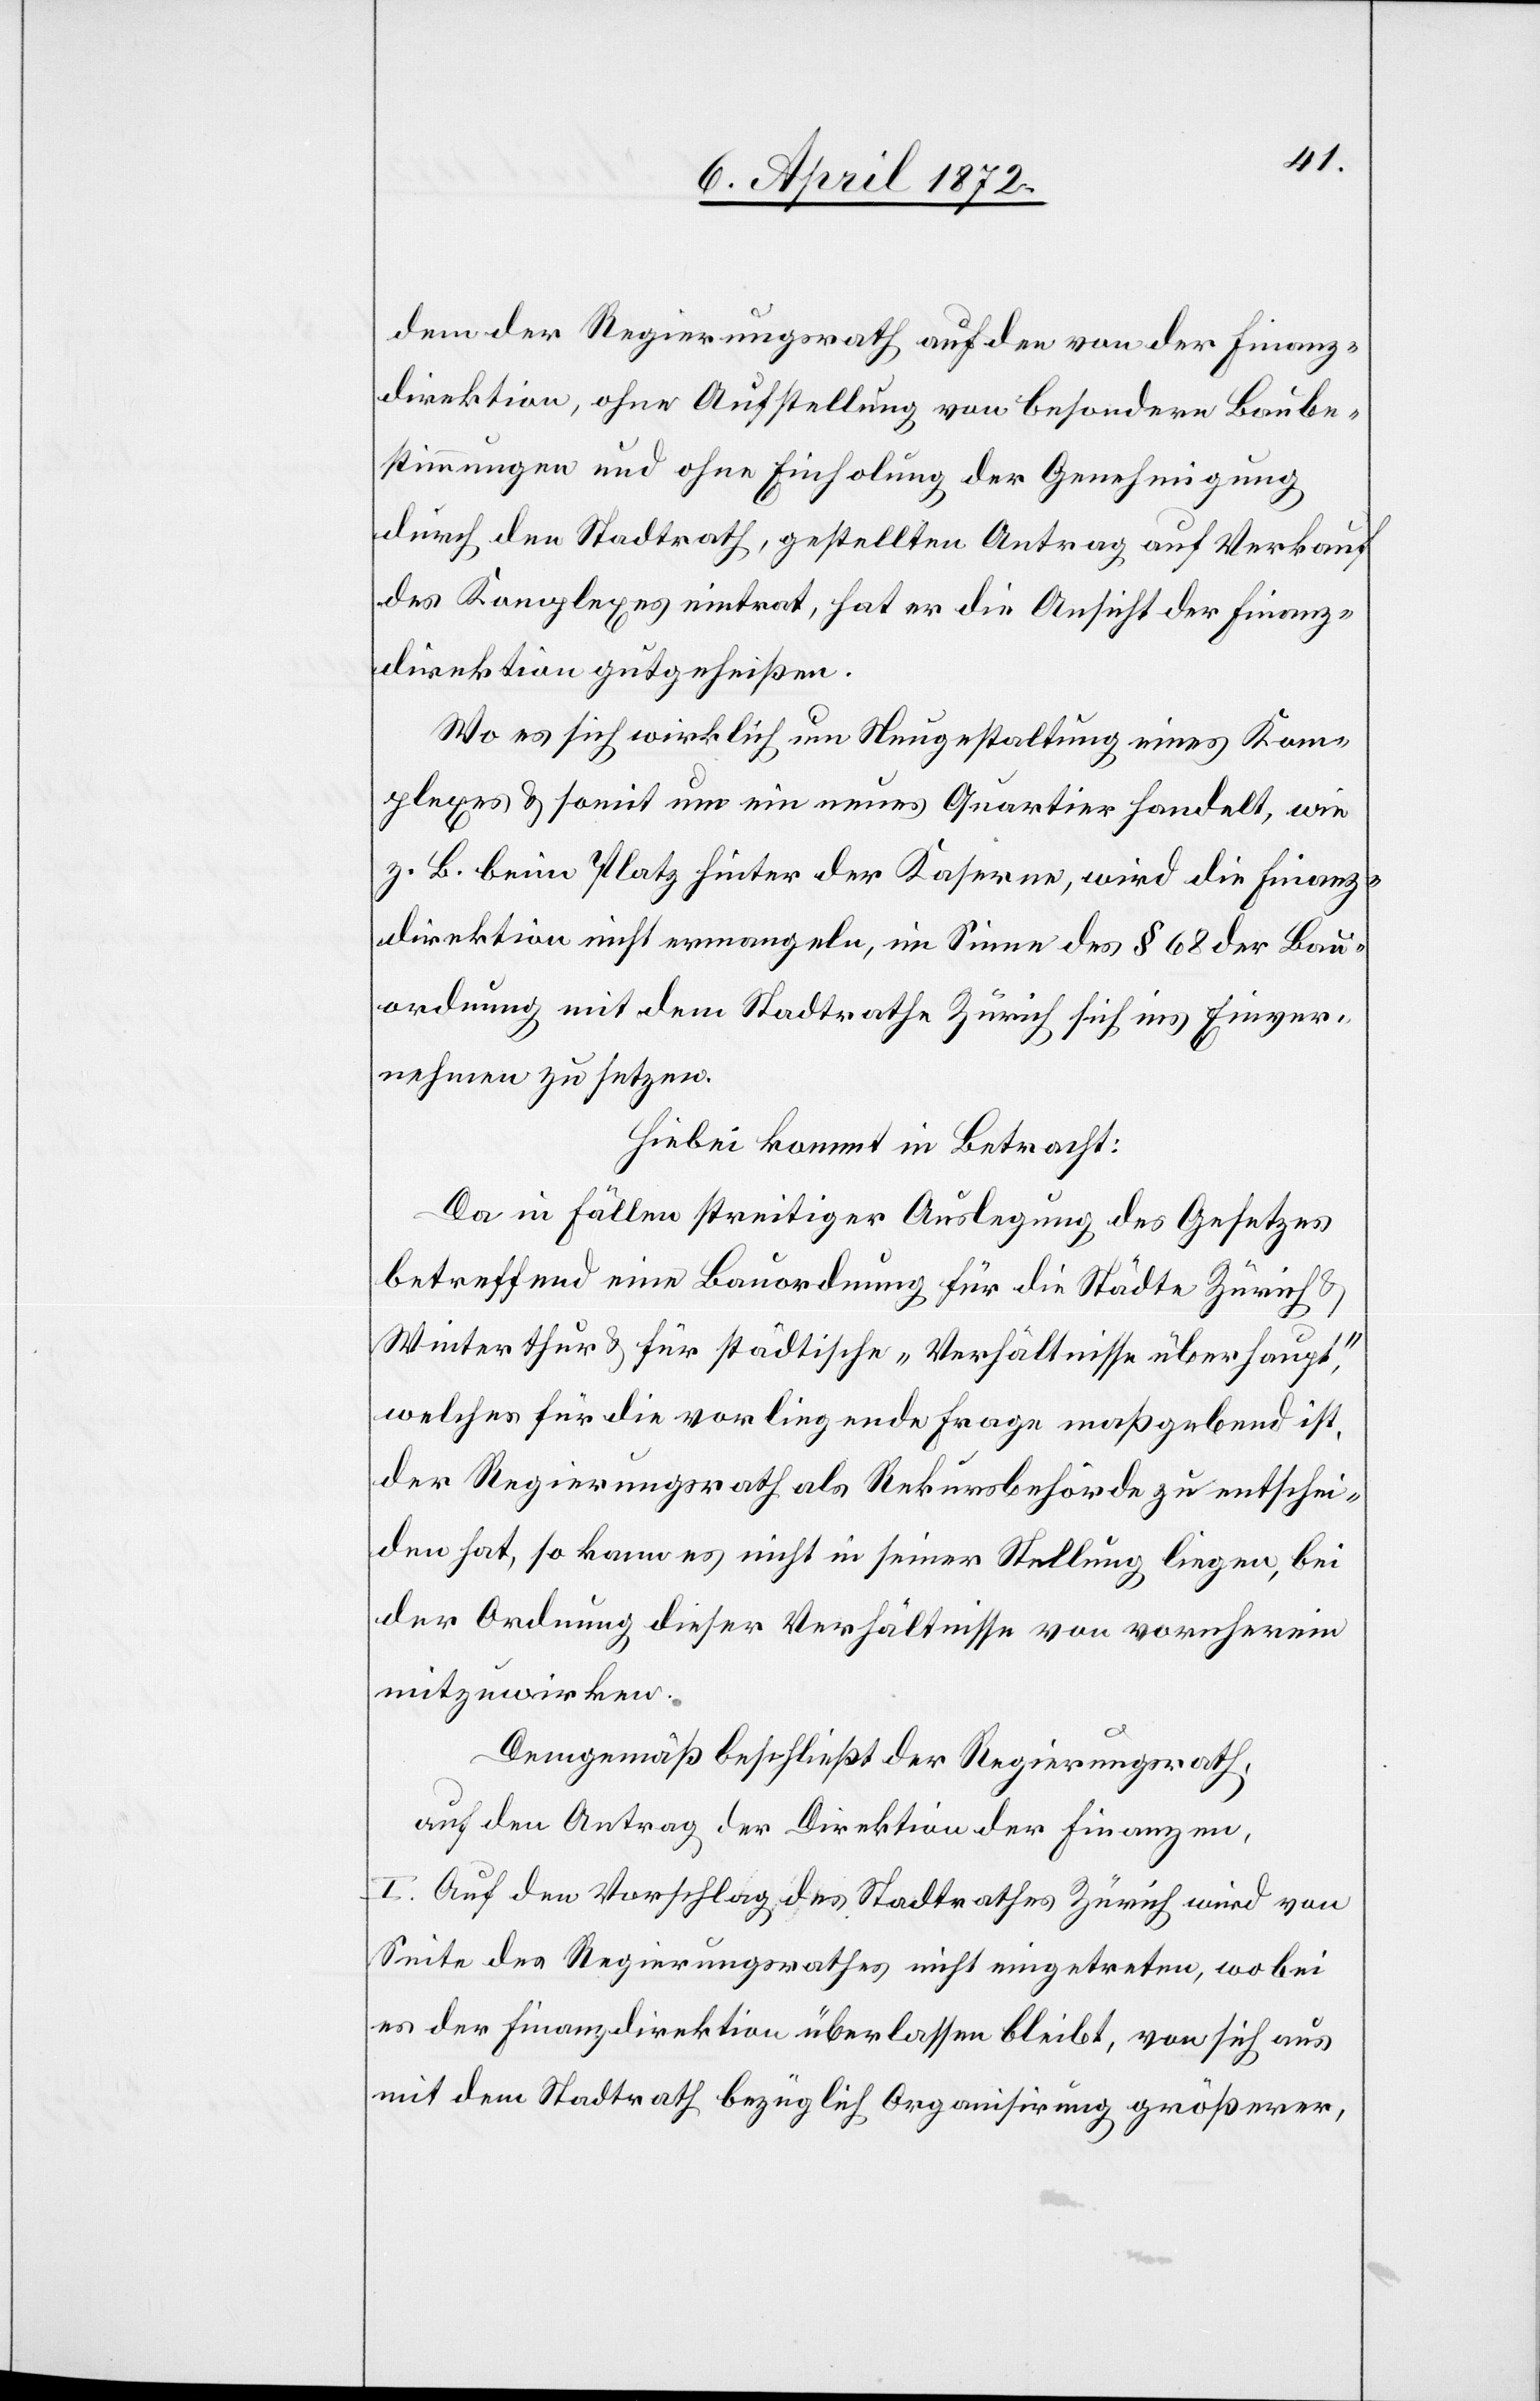
dem der Regierungsrath auf den von der Finanz¬
direktion, ohne Aufstellung von besondern Baube¬
stimmungen und ohne Einholung der Genehmigung
durch den Stadtrath, gestellten Antrag auf Verkauf
des Komplexes eintrat, hat er die Ansicht der Finanz¬
direktion gutgeheißen.
Wo es sich wirklich um Neugestaltung eines Kom¬
plexes u. somit um ein neues Quartier handelt, wie
z. B. beim Platz hinter der Kaserne, wird die Finanz¬
direktion nicht ermangeln, im Sinne des § 68 der Bau¬
ordnung mit dem Stadtrathe Zürich sich ins Einver¬
nehmen zu setzen.
Hiebei kommt in Betracht:
Da in Fällen streitiger Auslegung des Gesetzes
betreffend eine Bauordnung für die Städte Zürich u.
Winterthur u. für städtische „Verhältnisse überhaupt“,
welches für die vorliegende Frage maßgebend ist,
der Regierungsrath als Rekursbehörde zu entschei¬
den hat, so kann es nicht in seiner Stellung liegen, bei
der Ordnung dieser Verhältnisse von vornherein
mitzuwirken.
Demgemäß beschließt der Regierungsrath,
auf den Antrag der Direktion der Finanzen,
I. Auf den Vorschlag des Stadtrathes Zürich wird von
Seite des Regierungsrathes nicht eingetreten, wobei
es der Finanzdirektion überlassen bleibt, von sich aus
mit dem Stadtrath bezüglich Organisirung größerer,